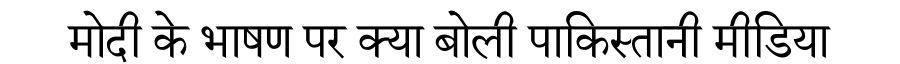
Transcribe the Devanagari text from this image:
मोदी के भाषण पर क्या बोली पाकिस्तानी मीडिया